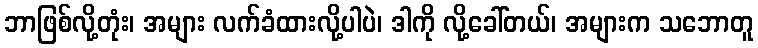
ဘာဖြစ်လို့တုံး၊ အများ လက်ခံထားလို့ပါပဲ၊ ဒါကို လို့ခေါ်တယ်၊ အများက သဘောတူ